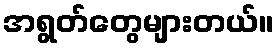
အရွတ်တွေများတယ်။